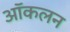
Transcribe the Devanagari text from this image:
ऑकलन